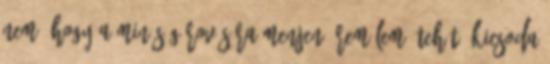
nem, hogy a minőség rovására menjen, remélem. Tehát, kicsoda